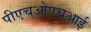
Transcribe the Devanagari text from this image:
पीएचओएचआई